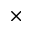
\times